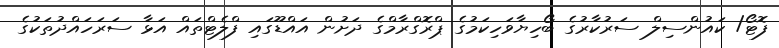
ފޮޓޯ/ ކައުންސިލް ސަރުކާރުގެ ބޯހިޔާވަހިކަމުގެ ޕްރޮގްރާމްގެ ދަށުން އައްޑޫގައި ފްލެޓްތައް އަޅާ ސަރަހައްދުތަކުގެ